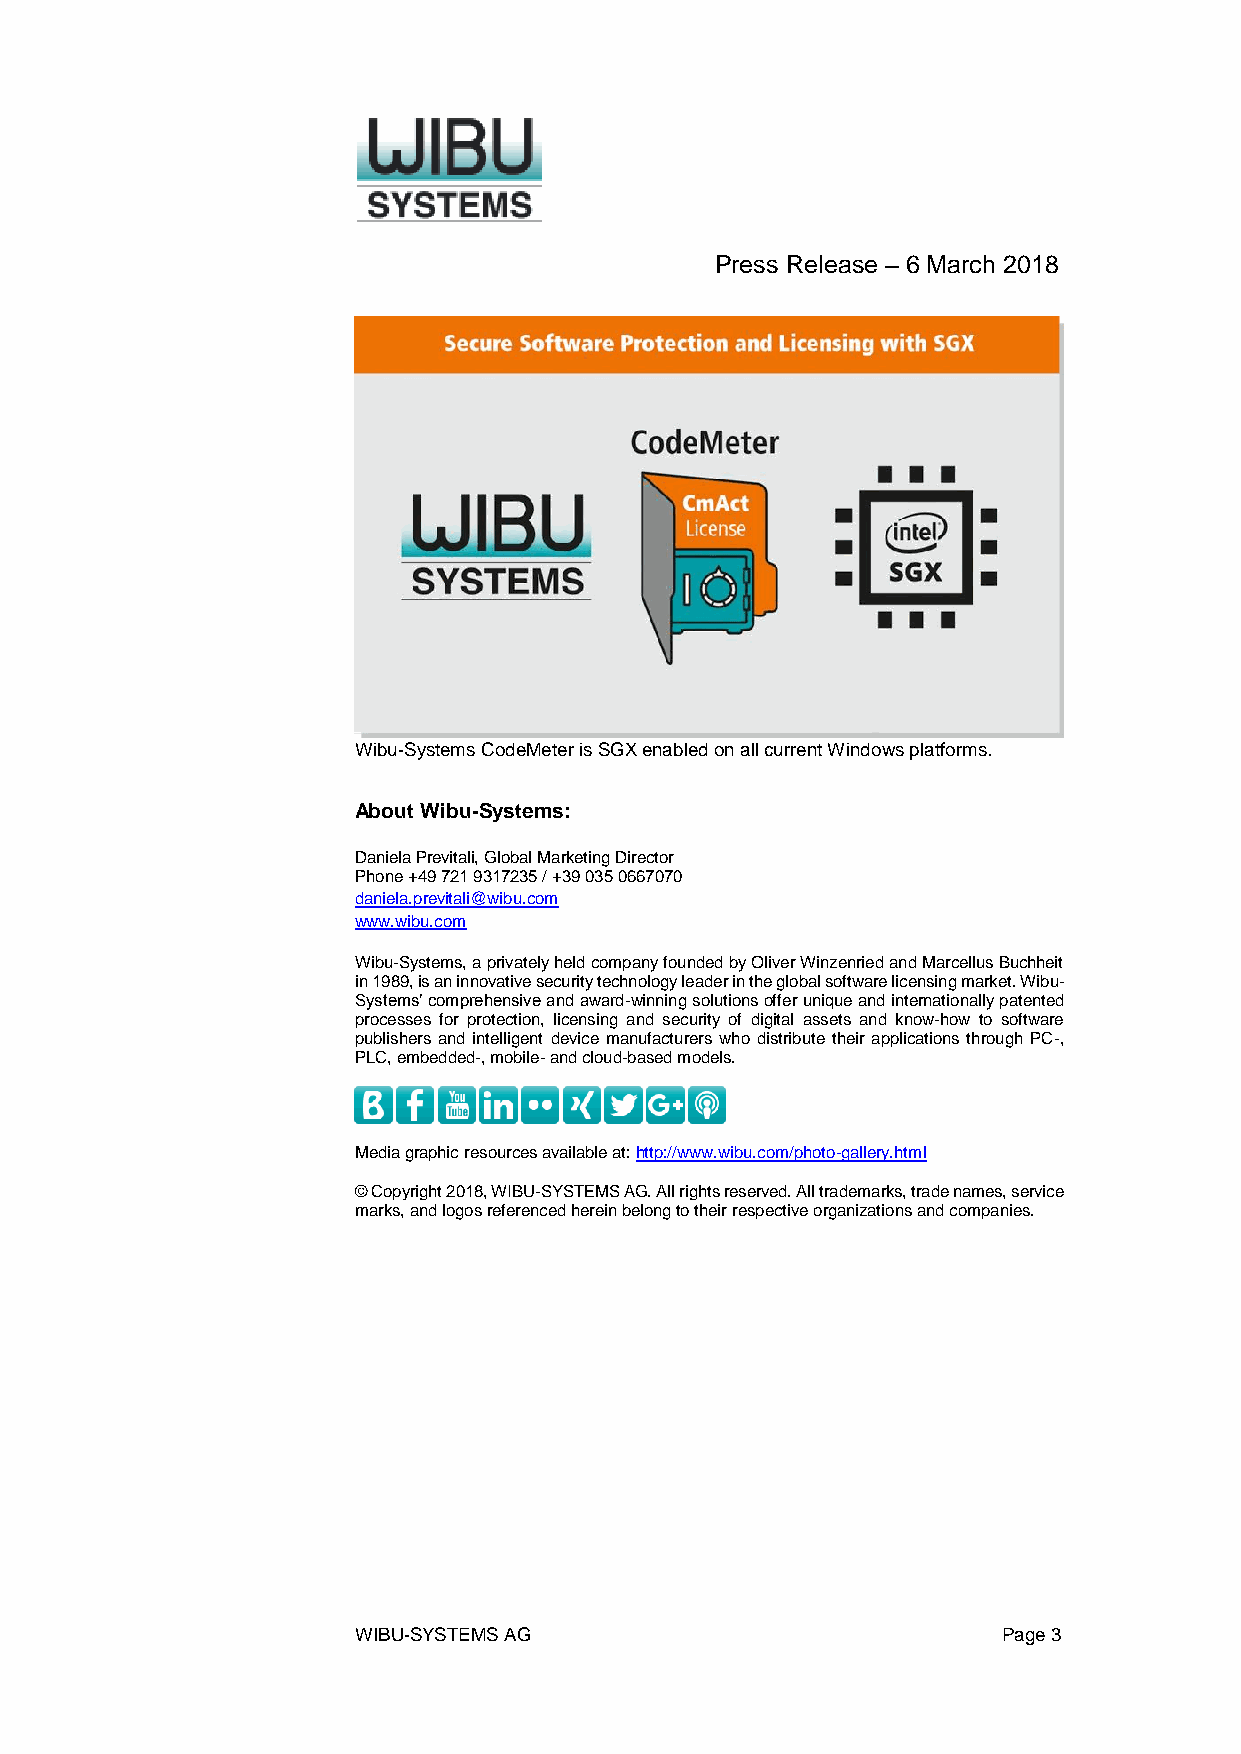
Press Release – 6 March 2018
 Wibu-Systems CodeMeter is SGX enabled on all current Windows platforms.
 About Wibu-Systems:
 Daniela Previtali, Global Marketing Director
 Phone +49 721 9317235 / +39 035 0667070
 daniela.previtali@wibu.com
 www.wibu.com
 Wibu-Systems, a privately held company founded by Oliver Winzenried and Marcellus Buchheit
 in 1989, is an innovative security technology leader in the global software licensing market. Wibu-
 Systems’ comprehensive and award-winning solutions offer unique and internationally patented
 processes for protection, licensing and security of digital assets and know-how to software
 publishers and intelligent device manufacturers who distribute their applications through PC-,
 PLC, embedded-, mobile- and cloud-based models.
 Media graphic resources available at: http://www.wibu.com/photo-gallery.html
 © Copyright 2018, WIBU-SYSTEMS AG. All rights reserved. All trademarks, trade names, service
 marks, and logos referenced herein belong to their respective organizations and companies.
 WIBU-SYSTEMS AG                            Page 3